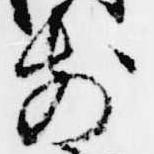
前